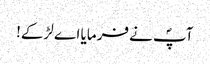
آپؐ نے فرمایا اے لڑکے!